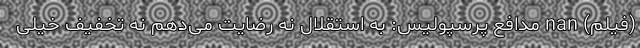
(فیلم) nan مدافع پرسپولیس: به استقلال نه رضایت می‌دهم نه تخفیف خیلی